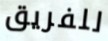
للفريق